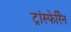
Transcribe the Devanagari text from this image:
ट्रांस्फेर्रिन